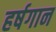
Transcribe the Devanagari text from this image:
हर्षगान